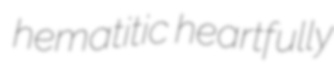
hematitic heartfully